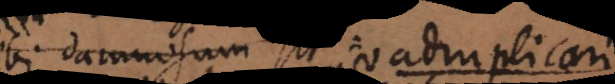
bi damnosum sit. Replica